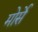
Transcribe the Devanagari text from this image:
मोर्से